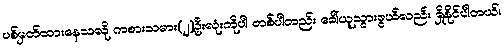
ပစ်မှတ်ထားနေသလို ကစားသမား(၂)ဦးလုံးကိုပါ တစ်ပါတည်း ခေါ်ယူသွားဖွယ်လည်း ရှိနိုင်ပါတယ်။